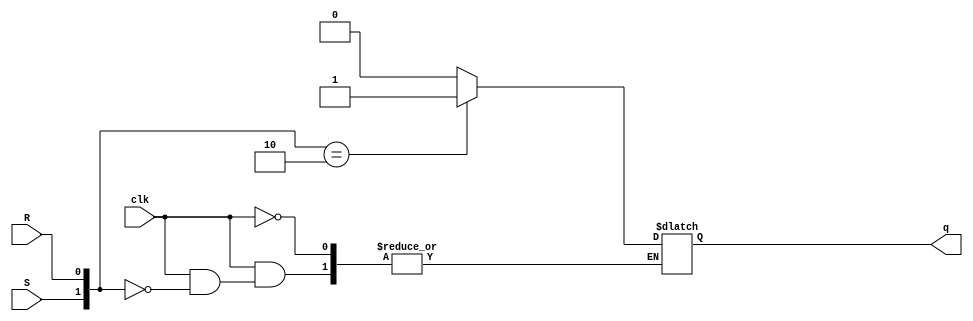
`timescale 1ns / 1ps
//////////////////////////////////////////////////////////////////////////////////
// Company: 
// Engineer: 
// 
// Design Name: 
// Module Name: sr_case
// Project Name: 
// Target Devices: 
// Tool Versions: 
// Description: 
// 
// Dependencies: 
// 
// Revision:
// Revision 0.01 - File Created
// Additional Comments:
// 
//////////////////////////////////////////////////////////////////////////////////


module sr_case(clk,S,R,q);
    input clk,S,R;
    output reg q;
    always@(clk) 
    begin
    if(clk)
        begin
            case({S,R})
                2'b00:q = q;
                2'b01:q = 1'b0;
                2'b10:q = 1'b1;
                default:q = 1'bx;
            endcase 
        end
    else 
        q <= q;
    end
endmodule